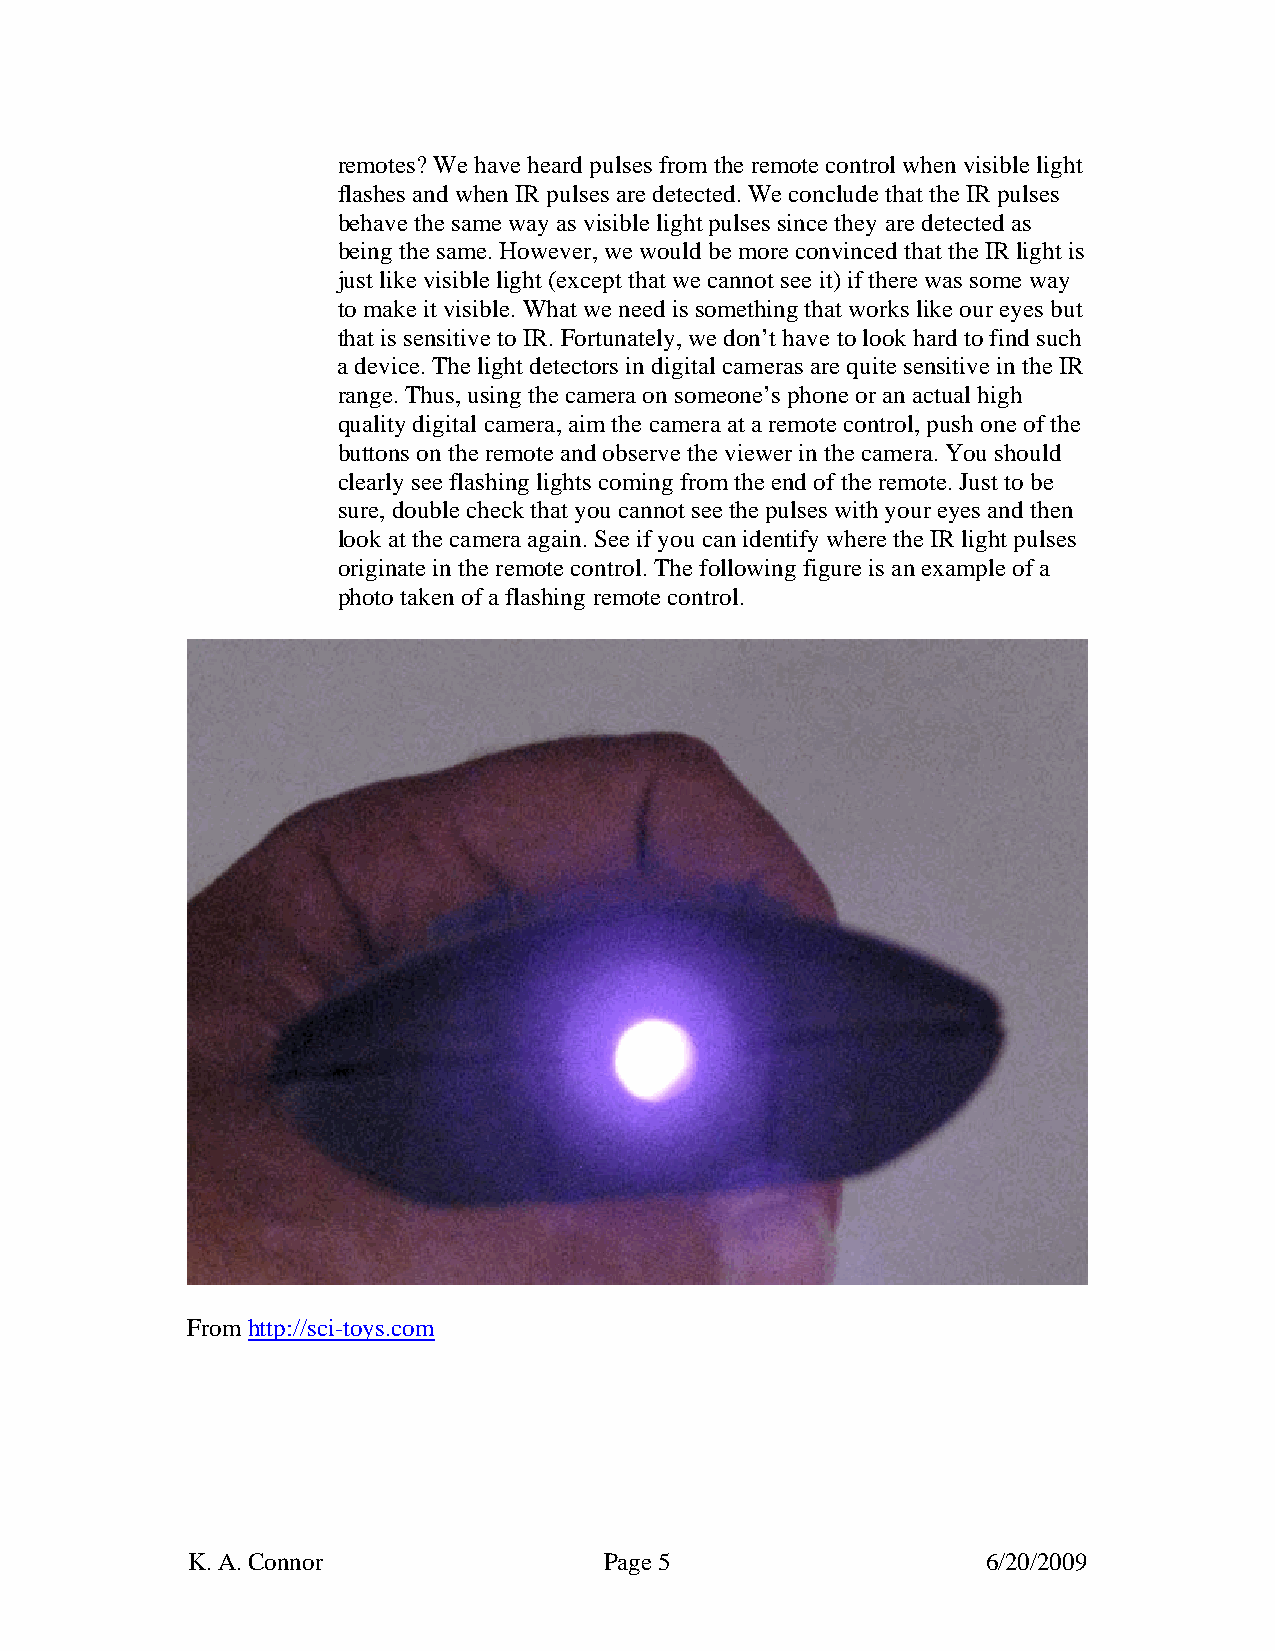
remotes? We have heard pulses from the remote control when visible light
 flashes and when IR pulses are detected. We conclude that the IR pulses
 behave the same way as visible light pulses since they are detected as
 being the same. However, we would be more convinced that the IR light is
 just like visible light (except that we cannot see it) if there was some way
 to make it visible. What we need is something that works like our eyes but
 that is sensitive to IR. Fortunately, we don’t have to look hard to find such
 a device. The light detectors in digital cameras are quite sensitive in the IR
 range. Thus, using the camera on someone’s phone or an actual high
 quality digital camera, aim the camera at a remote control, push one of the
 buttons on the remote and observe the viewer in the camera. You should
 clearly see flashing lights coming from the end of the remote. Just to be
 sure, double check that you cannot see the pulses with your eyes and then
 look at the camera again. See if you can identify where the IR light pulses
 originate in the remote control. The following figure is an example of a
 photo taken of a flashing remote control.
 From http://sci-toys.com
 K. A. Connor                Page 5                   6/20/2009